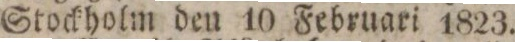
Stockholm den 10 Februari 1823.